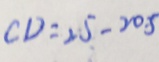
C D = 2 5 - 2 0 . 5